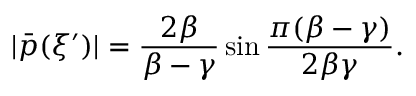
| \bar { p } ( \xi ^ { \prime } ) | = \frac { 2 \beta } { \beta - \gamma } \sin \frac { \pi ( \beta - \gamma ) } { 2 \beta \gamma } .